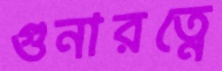
গুনারত্নে